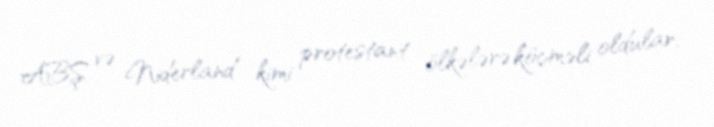
ABŞ və Niderland kimi protestant ölkələrə köçməli oldular.